Trukikaitis_Postimees, lk 172
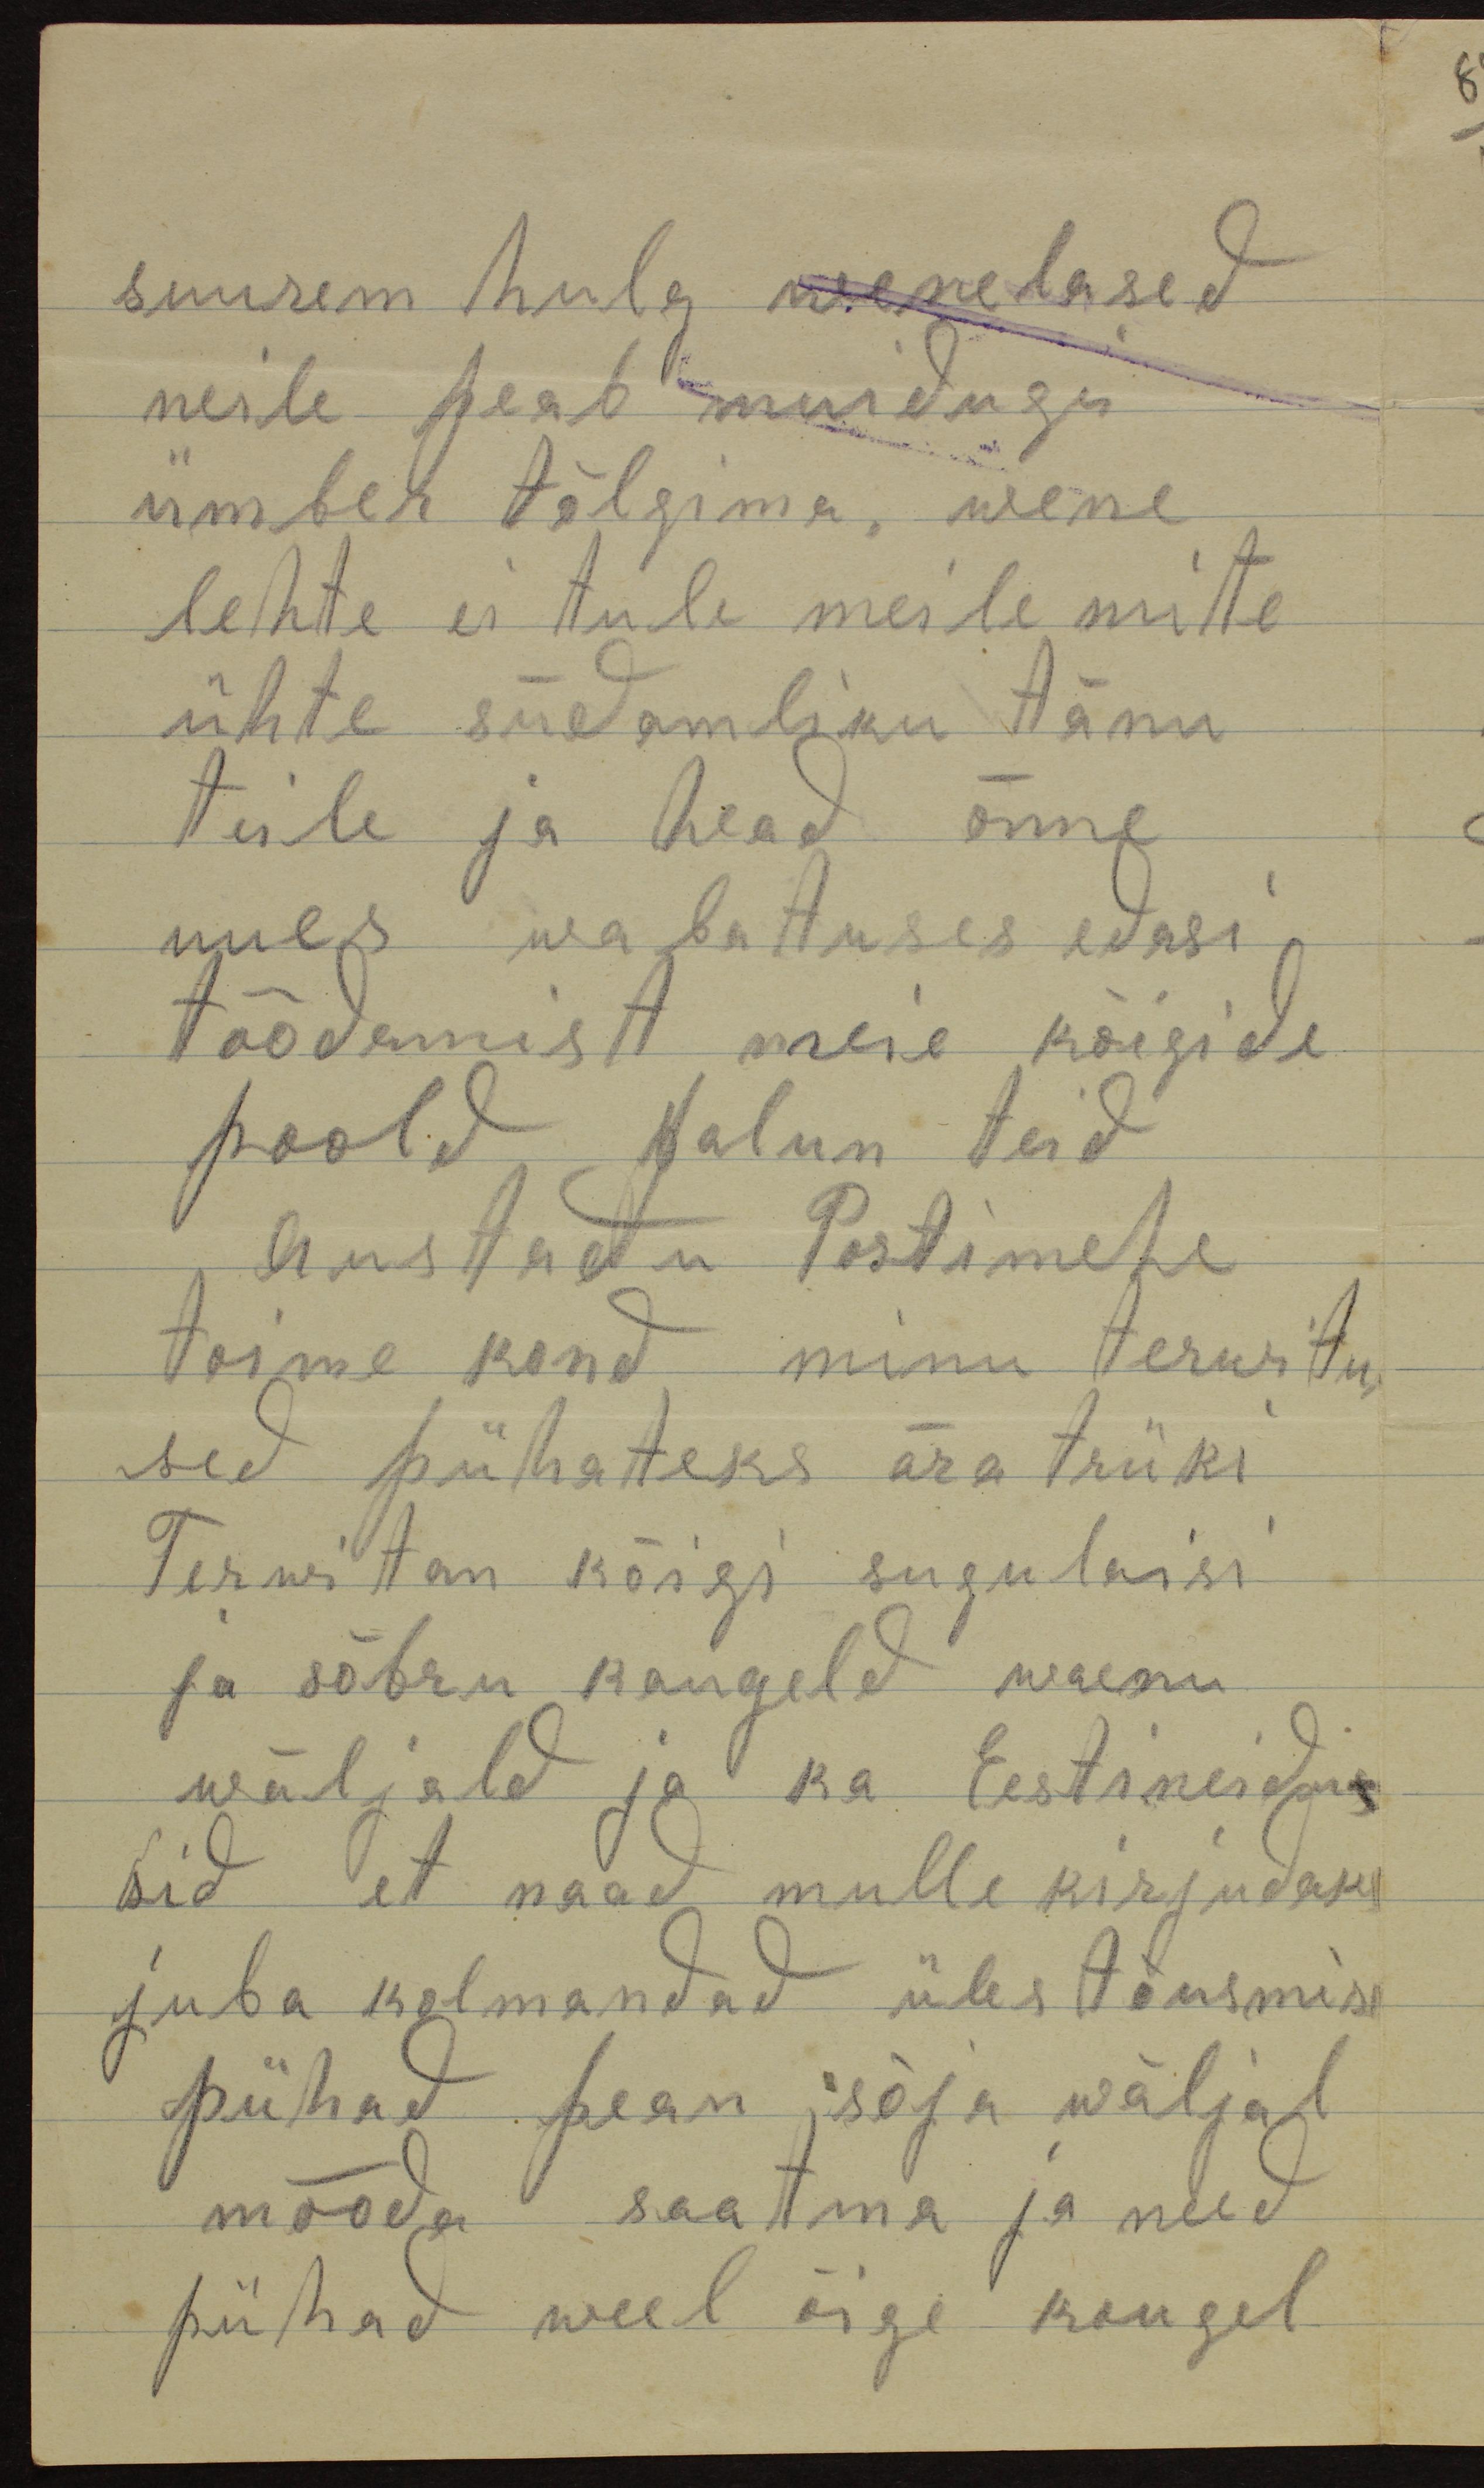
suurem hulg wenelased
neile peab muidugi
ümber tõlgima wene
lehte ei tule meile mitte
ühte südamliku tänu
teile ja head õnne
uues wabatuses edasi.
tööderwist meie kõigide
poold palun teid
Austantu Postimehe
toime kond minu terwitu
sed pühateks ära trüki
Terwitan kõigi sugulaisi
ja sõbru kaugeld waenu
wäljald ja ka Eesti neidu
sid et naad mulle kirjudaks
juba kolmandad üles tõusmise
pühad pean, sõja wäljal
mööda saatma ja need
pühad weel õige kaugel